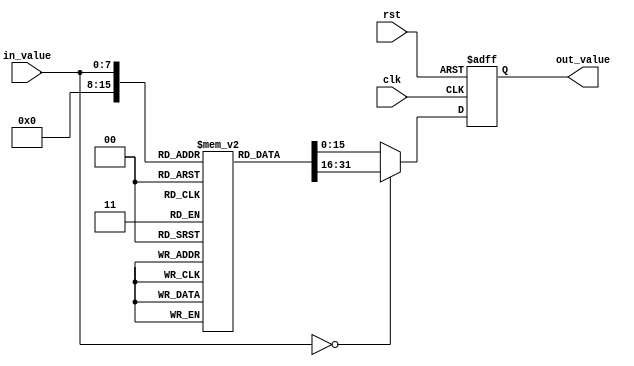
module lut_reciprocal(
    input [7:0] in_value,      // 8-bit input value
    input clk,                 // Clock signal
    input rst,                 // Reset signal
    output reg [15:0] out_value // 16-bit output for the reciprocal value
);
    // Declare the LUT for reciprocal values (8-bit input mapped to 16-bit output)
    // You would need to precompute and initialize these values accordingly.
    reg [15:0] lut [0:255];

    initial begin
        // Fill the LUT with precomputed reciprocal values (scaled)
        // Example values for the reciprocal LUT (in practice, calculate these)
        lut[0] = 16'hFFFF; // For zero input, set to maximum (or define as NaN)
        lut[1] = 16'h1000; // Example reciprocal: 1
        lut[2] = 16'h800;  // Example reciprocal: ~0.5
        // Fill in additional values appropriately...
        lut[3] = 16'h555;  // Example reciprocal: ~0.3333
        lut[4] = 16'h400;  // Example reciprocal: 0.25
        // 
        lut[255] = 16'h1;  // Example reciprocal for max input (1/255)
    end

    // Sequential logic for output and control
    always @(posedge clk or posedge rst) begin
        if (rst) begin
            out_value <= 16'b0; // Reset output
        end else begin
            if (in_value == 8'b0) begin
                out_value <= lut[0]; // Handle zero input scenario
            end else begin
                out_value <= lut[in_value]; // Lookup the precomputed reciprocal
            end
        end
    end

endmodule